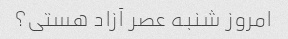
امروز شنبه عصر آزاد هستی؟